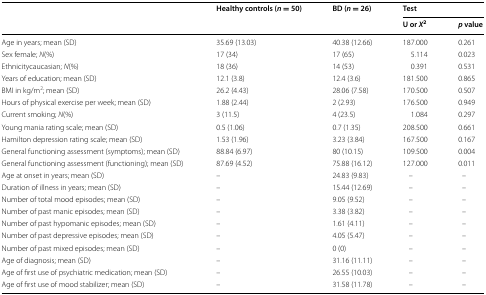
<table><thead><tr><td rowspan="2"></td><td rowspan="2"><b>Healthy controls (<i>n</i> = 50)</b></td><td rowspan="2"><b>BD (<i>n</i> = 26)</b></td><td colspan="2"><b>Test</b></td></tr><tr><td><b>U or <i>X</i><sup>2</sup></b></td><td><b><i>p</i> value</b></td></tr></thead><tbody><tr><td>Age in years; mean (SD)</td><td>35.69 (13.03)</td><td>40.38 (12.66)</td><td>187.000</td><td>0.261</td></tr><tr><td>Sex female; <i>N</i>(%)</td><td>17 (34)</td><td>17 (65)</td><td>5.114</td><td>0.023</td></tr><tr><td>Ethnicitycaucasian; <i>N</i>(%)</td><td>18 (36)</td><td>14 (53)</td><td>0.391</td><td>0.531</td></tr><tr><td>Years of education; mean (SD)</td><td>12.1 (3.8)</td><td>12.4 (3.6)</td><td>181.500</td><td>0.865</td></tr><tr><td>BMI in kg/m<sup>2</sup>; mean (SD)</td><td>26.2 (4.43)</td><td>28.06 (7.58)</td><td>170.500</td><td>0.507</td></tr><tr><td>Hours of physical exercise per week; mean (SD)</td><td>1.88 (2.44)</td><td>2 (2.93)</td><td>176.500</td><td>0.949</td></tr><tr><td>Current smoking; <i>N</i>(%)</td><td>3 (11.5)</td><td>4 (23.5)</td><td>1.084</td><td>0.297</td></tr><tr><td>Young mania rating scale; mean (SD)</td><td>0.5 (1.06)</td><td>0.7 (1.35)</td><td>208.500</td><td>0.661</td></tr><tr><td>Hamilton depression rating scale; mean (SD)</td><td>1.53 (1.96)</td><td>3.23 (3.84)</td><td>167.500</td><td>0.167</td></tr><tr><td>General functioning assessment (symptoms); mean (SD)</td><td>88.84 (6.97)</td><td>80 (10.15)</td><td>109.500</td><td>0.004</td></tr><tr><td>General functioning assessment (functioning); mean (SD)</td><td>87.69 (4.52)</td><td>75.88 (16.12)</td><td>127.000</td><td>0.011</td></tr><tr><td>Age at onset in years; mean (SD)</td><td>–</td><td>24.83 (9.83)</td><td>–</td><td>–</td></tr><tr><td>Duration of illness in years; mean (SD)</td><td>–</td><td>15.44 (12.69)</td><td>–</td><td>–</td></tr><tr><td>Number of total mood episodes; mean (SD)</td><td>–</td><td>9.05 (9.52)</td><td>–</td><td>–</td></tr><tr><td>Number of past manic episodes; mean (SD)</td><td>–</td><td>3.38 (3.82)</td><td>–</td><td>–</td></tr><tr><td>Number of past hypomanic episodes; mean (SD)</td><td>–</td><td>1.61 (4.11)</td><td>–</td><td>–</td></tr><tr><td>Number of past depressive episodes; mean (SD)</td><td>–</td><td>4.05 (5.47)</td><td>–</td><td>–</td></tr><tr><td>Number of past mixed episodes; mean (SD)</td><td>–</td><td>0 (0)</td><td>–</td><td>–</td></tr><tr><td>Age of diagnosis; mean (SD)</td><td>–</td><td>31.16 (11.11)</td><td>–</td><td>–</td></tr><tr><td>Age of first use of psychiatric medication; mean (SD)</td><td>–</td><td>26.55 (10.03)</td><td>–</td><td>–</td></tr><tr><td>Age of first use of mood stabilizer; mean (SD)</td><td>–</td><td>31.58 (11.78)</td><td>–</td><td>–</td></tr></tbody></table>